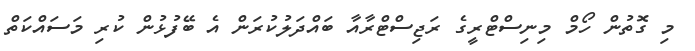
މި ގޮތުން ހޯމް މިނިސްޓްރީގެ ރަޖިސްޓްރާއާ ބައްދަލުކުރަން އެ ބޭފުޅުން ކުރި މަސައްކަތް